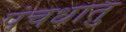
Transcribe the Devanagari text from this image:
पंचधातु